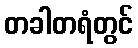
တခါတရံတွင်